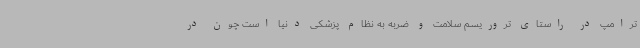
ترامپ در راستای تروریسم سلامت و ضربه به نظام پزشکی دنیا است چون در